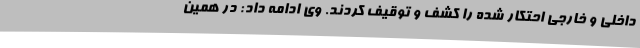
داخلی و خارجی احتکار شده را کشف و توقیف کردند. وی ادامه داد: در همین